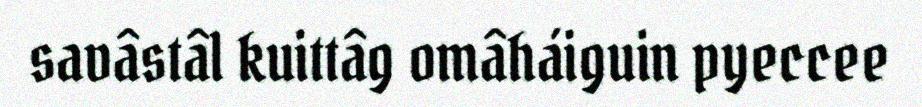
savâstâl kuittâg omâháiguin pyeccee